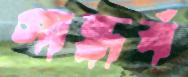
গান্ধর্ব